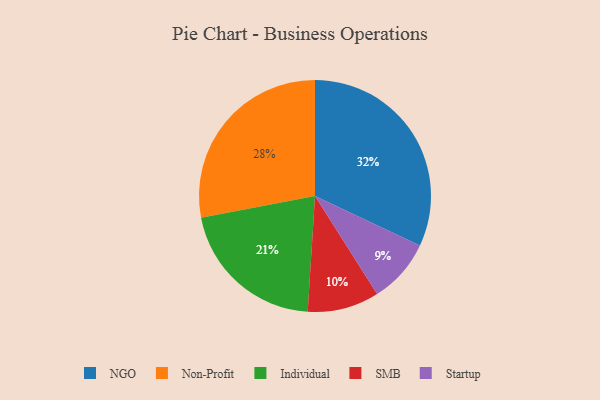
{"axis": {"x": "Category", "y": "Percentage"}, "legend": ["Individual", "NGO", "Non-Profit", "SMB", "Startup"], "data": [{"x": "Non-Profit", "y": 28, "type": "Non-Profit"}, {"x": "NGO", "y": 32, "type": "NGO"}, {"x": "Individual", "y": 21, "type": "Individual"}, {"x": "SMB", "y": 10, "type": "SMB"}, {"x": "Startup", "y": 9, "type": "Startup"}]}